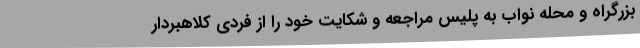
بزرگراه و محله نواب به پلیس مراجعه و شکایت خود را از فردی کلاهبردار